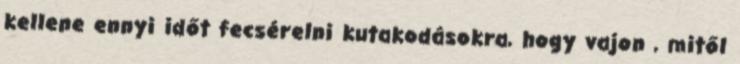
kellene ennyi időt fecsérelni kutakodásokra, hogy vajon , mitől